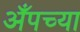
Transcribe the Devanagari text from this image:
अँपच्या